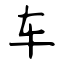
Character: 车